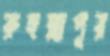
রুহুল্লাপুর